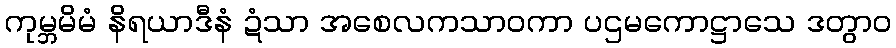
ကုမ္ဘမိမံ နိရယာဒီနံ ဍံသာ အစေလကသာဝကာ ပဌမကောဋ္ဌာသေ ဒတွာဝ